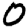
Digit: 0